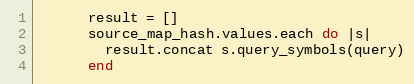
Language: Ruby
      result = []
      source_map_hash.values.each do |s|
        result.concat s.query_symbols(query)
      end